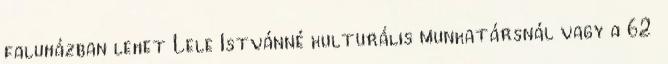
faluházban lehet Lele Istvánné kulturális munkatársnál vagy a 62